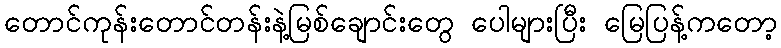
တောင်ကုန်းတောင်တန်းနဲ့မြစ်ချောင်းတွေ ပေါများပြီး မြေပြန့်ကတော့